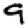
Digit: 9